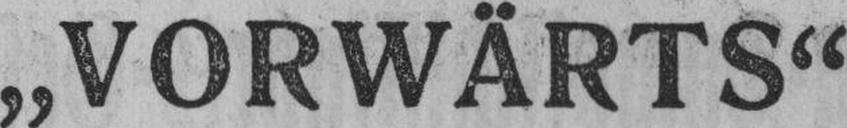
„VORWÄRTS“